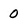
Character: 0